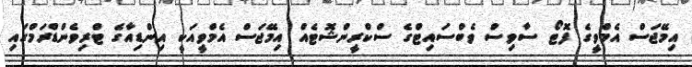
އިމޭޖަސް އެމްވީގެ ފޮޓޯ ސާވިސް ވެބްސައިޓްގެ ސްކްރީންޝޮޓެއް އިމޭޖަސް އެމްވީއަކީ އިންޑިއާގެ ޓްރިވެންޑްރަމްގައި